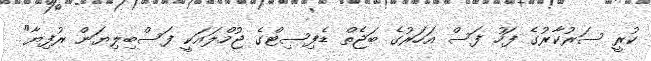
ކުރީ ސަރުކާރުގެ ފަހު ފަސް އަހަރުގެ ބަޖެތް ޑެފިސިޓްގެ ޖުމްލައަކީ ފަސްބިލިޔަން ރުފިޔާ"